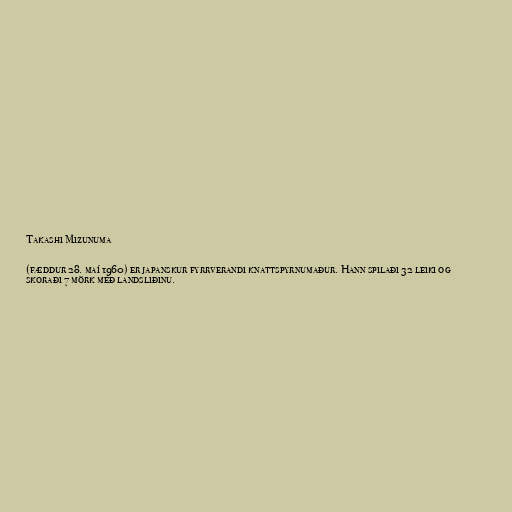
Takashi Mizunuma

(fæddur 28. maí 1960) er japanskur fyrrverandi knattspyrnumaður. Hann spilaði 32 leiki og
skoraði 7 mörk með landsliðinu.